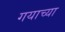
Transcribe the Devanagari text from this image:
गयाच्या